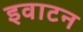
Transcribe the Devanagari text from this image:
इवाटन